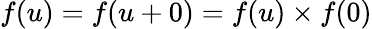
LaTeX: f(u)=f(u+0)=f(u)\times f(0)